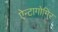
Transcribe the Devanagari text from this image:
ऐन्टागोमिर